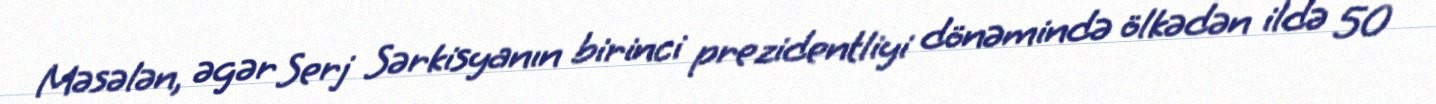
Məsələn, əgər Serj Sərkisyanın birinci prezidentliyi dönəmində ölkədən ildə 50